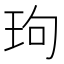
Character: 玽